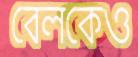
বেলকেও